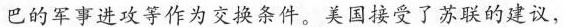
巴的军事进攻等作为交换条件。美国接受了苏联的建议，